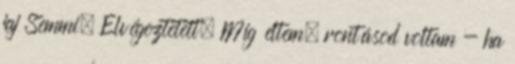
jaj Semmi. Elvégeztetett. Míg éltem, rontásod voltam - ha